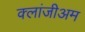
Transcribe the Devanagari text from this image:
क्लांजीअम